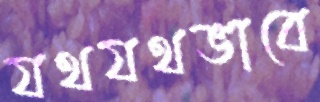
যথযথভাবে